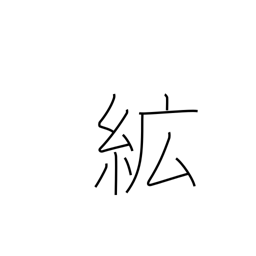
Meaning: cotton wadding